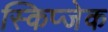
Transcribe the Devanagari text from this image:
स्किप्जेक